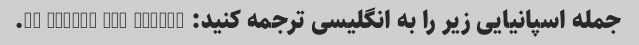
جمله اسپانیایی زیر را به انگلیسی ترجمه کنید: Me gustan los coches.